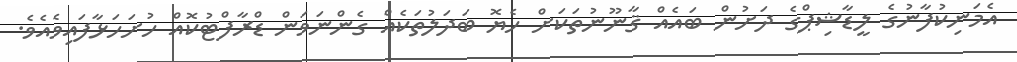
އެމަނިކުފާނުގެ ލީޑާޝިޕްގެ ދަށުން ބައެއް ޤާނޫނުތަކަށް ހެޔޮ ބަދަލުތަކެއް ގެންނަވަން ޑްރާފްޓުކޮއް ހުށަހަޅާފައިވެއެވެ.